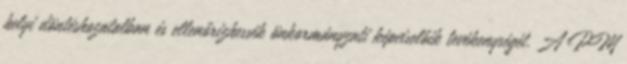
helyi döntéshozatalban és ellenőrizhessék önkormányzati képviselőik tevékenységét. A PM